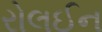
રોલઈન